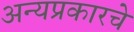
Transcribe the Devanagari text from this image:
अन्यप्रकारचे